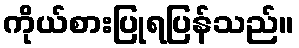
ကိုယ်စားပြုရပြန်သည်။